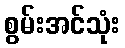
စွမ်းအင်သုံး